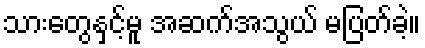
သားတွေနှင့်မူ အဆက်အသွယ် မပြတ်ခဲ့။